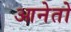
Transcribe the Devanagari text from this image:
आनेतो